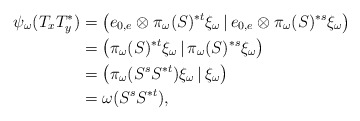
\begin{align*}\psi_\omega(T_xT_y^*)&=\big(e_{0,e}\otimes \pi_{\omega}(S)^{*t}\xi_\omega\,|\,e_{0,e}\otimes \pi_{\omega}(S)^{*s}\xi_\omega\big)\\&=\big(\pi_{\omega}(S)^{*t}\xi_\omega\,|\,\pi_{\omega}(S)^{*s}\xi_\omega\big)\\&=\big(\pi_{\omega}(S^sS^{*t})\xi_\omega\,|\,\xi_\omega\big)\\&=\omega(S^sS^{*t}),\end{align*}